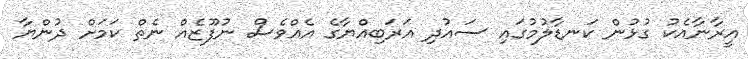
އީރާނާއެކު ގުޅުން ކަނޑާލުމުގައި ސައުދި އަރަބިއްޔާގެ އެއްވެސް ނުފޫޒެއް ނެތް ކަމަށް ދުންޔާ